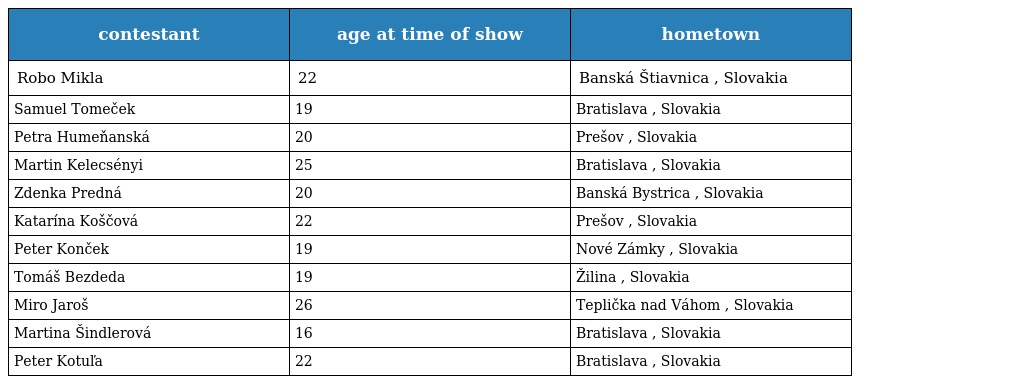
| contestant | age at time of show | hometown |
 | --- | --- | --- |
 | Robo Mikla | 22 | Banská Štiavnica , Slovakia |
 | Samuel Tomeček | 19 | Bratislava , Slovakia |
 | Petra Humeňanská | 20 | Prešov , Slovakia |
 | Martin Kelecsényi | 25 | Bratislava , Slovakia |
 | Zdenka Predná | 20 | Banská Bystrica , Slovakia |
 | Katarína Koščová | 22 | Prešov , Slovakia |
 | Peter Konček | 19 | Nové Zámky , Slovakia |
 | Tomáš Bezdeda | 19 | Žilina , Slovakia |
 | Miro Jaroš | 26 | Teplička nad Váhom , Slovakia |
 | Martina Šindlerová | 16 | Bratislava , Slovakia |
 | Peter Kotuľa | 22 | Bratislava , Slovakia |